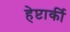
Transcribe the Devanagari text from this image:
हेप्टार्की